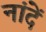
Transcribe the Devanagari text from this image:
नांदें